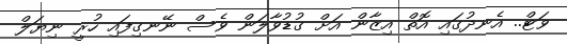
ވަޓް.. އެނދުގައި އޮތް އިޒާން އަށް ގުޑުވާލަން ވެސް ނޭނގިފައި ހުރީ ނިޔަލް